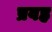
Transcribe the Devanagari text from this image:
प्रवह